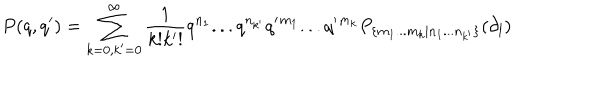
LaTeX: P ( q , q ^ { \prime } ) = \sum _ { k = 0 , k ^ { \prime } = 0 } ^ { \infty } \frac { 1 } { k ! k ^ { \prime } ! } q ^ { n _ { 1 } } . . . q ^ { n _ { k ^ { \prime } } } q ^ { \prime } { } ^ { m _ { 1 } } . . . q ^ { \prime } { } ^ { m _ { k } } P _ { \{ m _ { 1 } . . . m _ { k } | n _ { 1 } . . . n _ { k ^ { \prime } } \} } ( \partial _ { l } )